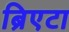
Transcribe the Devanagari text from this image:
ब्रिएटा